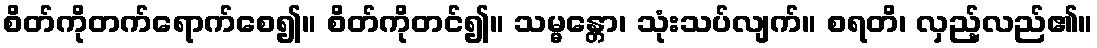
စိတ်ကိုတက်ရောက်စေ၍။ စိတ်ကိုတင်၍။ သမ္မန္တော၊ သုံးသပ်လျက်။ စရတိ၊ လှည့်လည်၏။